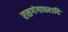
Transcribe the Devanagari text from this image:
रसगंगाधरादि